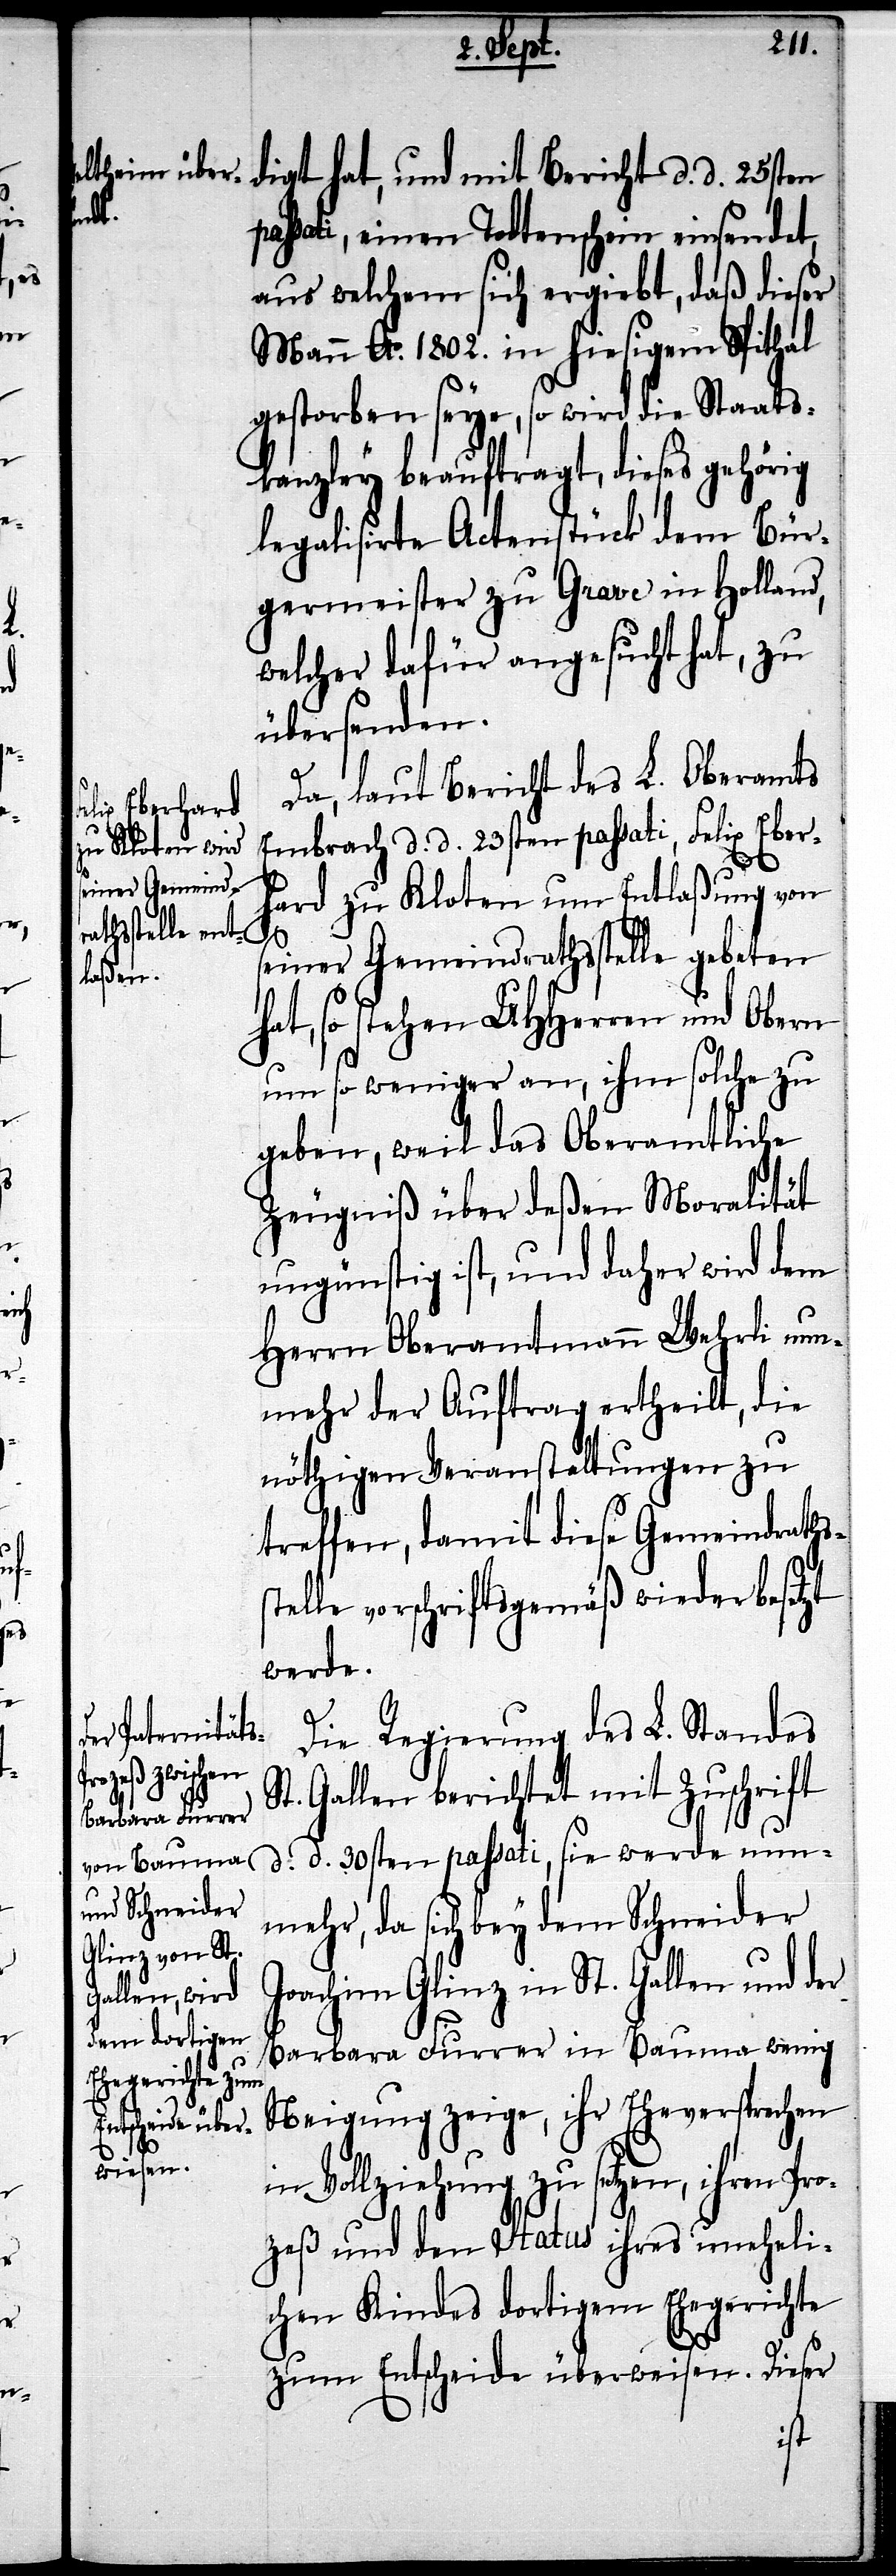
digt hat, und mit Bericht d. d. 25sten
passati, einen Todtenschein einsendet,
aus welchem sich ergiebt, daß dieser
Mann Ao. 1802. in hiesigem Spithal
gestorben seye, so wird die Staats¬
kanzley beauftragt, dieses gehörig
legalisirte Actenstück dem Bür¬
germeister zu Grave in Holland,
welcher dafür angesucht hat, zu
übersenden.
Da, laut Bericht des L. Oberamts
Embrach d. d. 23sten passati, Felix Eber¬
hard zu Kloten um Entlaßung von
S¬
seiner Gemeindrathsstelle gebeten
hat, so stehen UHHerren und Obern
um so weniger an, ihm solche zu
geben, weil das Oberamtliche
Zeugnuß über deßen Moralität
ungünstig ist, und daher wird dem
Herrn Oberamtmann Wehrli nun¬
mehr der Auftrag ertheilt, die
nöthigen Veranstaltungen zu
treffen, damit diese Gemeindraths¬
elle vorschriftsgemäß wiederbesetzt
werde.
Die Regierung des L. Standes
t. Gallen berichet mit Zuschrift
d. d. 30sten passati, sie werde nun¬
mehr, da sich bey dem Schneider
Joachim Glinz in St. Gallen und der
Barbara Furrer in Bauma wenig
Neigung zeige, ihr Eheversprechen
in Vollziehung zu setzen, ihren Pro¬
zeß und den Status ihres uneheli¬
chen Kindes dortigem Ehegerichte
zum Entscheide überweisen. Dieser
st¬